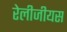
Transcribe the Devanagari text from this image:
रेलीजीयस